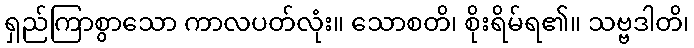
ရှည်ကြာစွာသော ကာလပတ်လုံး။ သောစတိ၊ စိုးရိမ်ရ၏။ သဗ္ဗဒါတိ၊